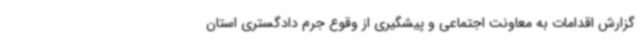
گزارش اقدامات به معاونت اجتماعی و پیشگیری از وقوع جرم دادگستری استان